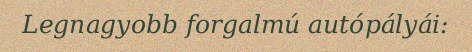
Legnagyobb forgalmú autópályái: